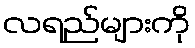
လရည်များကို